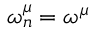
\omega _ { n } ^ { \mu } = \omega ^ { \mu }